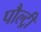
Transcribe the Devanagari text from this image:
पौल्ट्री